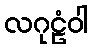
လဂုဠံဝါ